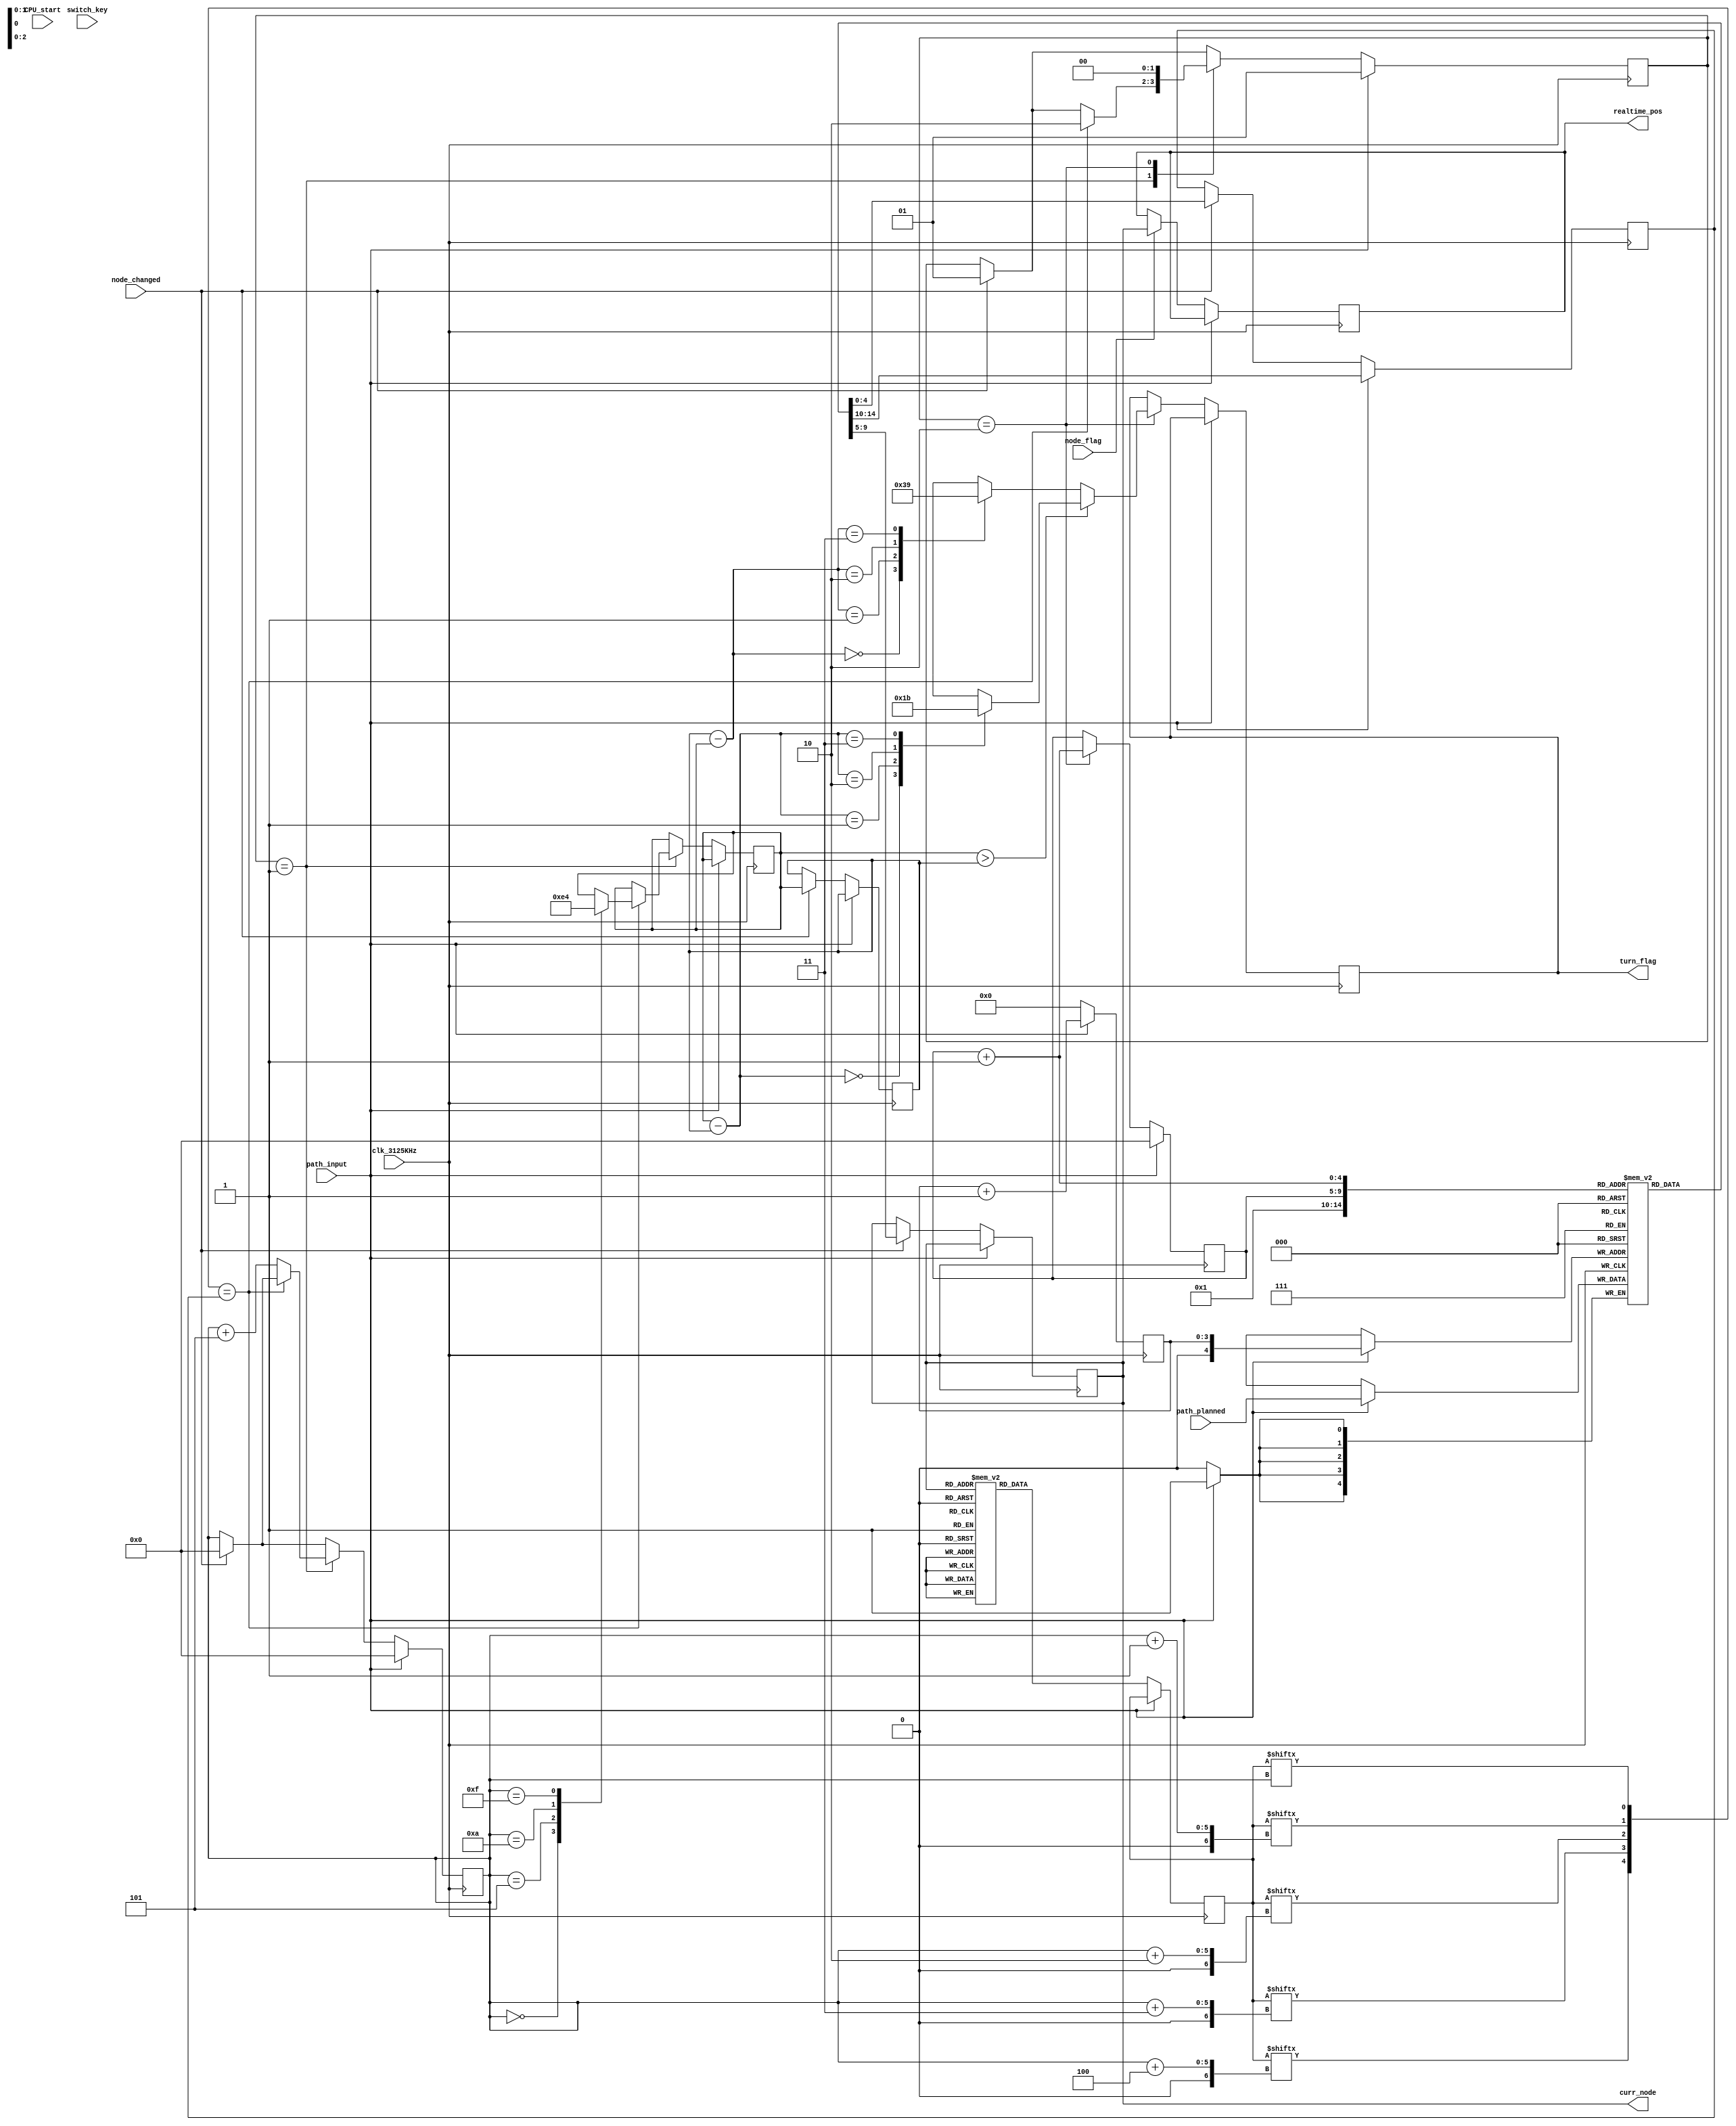
module path_mapping(
		input node_flag,
		input clk_3125KHz,
		input path_input,
		input CPU_start,
		input [4:0] path_planned,
		input node_changed,
		input switch_key,
		output  [1:0] turn_flag,
		output  [4:0] realtime_pos,
		output reg [4:0] curr_node
//		output [4:0] SP,EP
);
reg [1:0] STATE = 0;
reg [1:0] curr_dir=0;
reg [1:0] next_dir=0;
reg [19:0] node_rel [29:0];
reg [4:0] path_planned_array [24:0];
reg [4:0] j=0,k=0;
reg [4:0] next_node;
reg [19:0] temp;
reg [3:0] idx = 0;
reg [1:0] turn;
reg [1:0] diff;
reg [4:0] pos = 0;


 initial begin
        //              N     E    S    W
        node_rel[0] = {5'd1,5'dx,5'dx,5'dx};
        node_rel[1] = {5'dx,5'd29,5'd0,5'd2};												// Describing how nodes are related to each other
        node_rel[2] = {5'd8,5'd1,5'd3,5'dx}; 
        node_rel[3] = {5'd2,5'd28,5'dx,5'd4};       
        node_rel[4] = {5'd5,5'd3,5'dx,5'd6};
        node_rel[5] = {5'dx,5'dx,5'd4,5'dx};
        node_rel[6] = {5'd7,5'dx,5'd4,5'dx};
        node_rel[7] = {5'dx,5'd8,5'd6,5'dx};
        node_rel[8] = {5'd12,5'd9,5'd2,5'd7};
        node_rel[9] = {5'd11,5'dx,5'd10,5'd8};
        node_rel[10] = {5'd9,5'dx,5'dx,5'dx};
        node_rel[11] = {5'dx,5'dx,5'd9,5'dx};
        node_rel[12] = {5'dx,5'd19,5'd8,5'd13};
        node_rel[13] = {5'd14,5'dx,5'd12,5'dx};
        node_rel[14] = {5'dx,5'd16,5'd15,5'd13};
        node_rel[15] = {5'd14,5'dx,5'dx,5'dx};
        node_rel[16] = {5'dx,5'd18,5'd17,5'd14};
        node_rel[17] = {5'd16,5'dx,5'dx,5'dx};
        node_rel[18] = {5'd16,5'dx,5'd19,5'dx};
        node_rel[19] = {5'dx,5'd18,5'd20,5'd12};
        node_rel[20] = {5'd19,5'd24,5'd29,5'd21};
        node_rel[21] = {5'd23,5'd20,5'd22,5'dx};
        node_rel[22] = {5'd21,5'dx,5'dx,5'dx};
        node_rel[23] = {5'dx,5'dx,5'd21,5'dx};
        node_rel[24] = {5'dx,5'd25,5'dx,5'd20};		
        node_rel[25] = {5'dx,5'dx,5'd26,5'd24};
        node_rel[26] = {5'd27,5'd25,5'dx,5'd28};
        node_rel[27] = {5'dx,5'dx,5'd26,5'dx};
        node_rel[28] = {5'd29,5'd26,5'dx,5'd3};
        node_rel[29] = {5'd20,5'dx,5'd28,5'd1};
end 

always @(posedge clk_3125KHz) begin
		if (path_input) begin															// taking path input from the CPU
			path_planned_array[idx] <= path_planned;
			idx <= idx + 1;
			next_node <= path_planned_array[1];
			j <= 0;
			k <= 0;
			STATE <= 2'b01;
		end
		else begin
			idx <= 0;
			temp<=node_rel[curr_node];
			if (node_flag) begin
				pos <= curr_node;
			end
//			if ( pos == 0 && j == 0 ) j <= 1;
			if (node_changed) begin														// calculation of the next to immediate next path is done when a node is crossed
				curr_node<=path_planned_array[j];
				next_node<=path_planned_array[j+1];
				k<=0;
				STATE <= 2'b01;
				curr_dir<= next_dir;													// determining current direction of the bot
			end
			case(STATE)
				2'b00:begin
				end
				2'b01: begin
					if ( {temp[k+4],temp[k+3],temp[k+2],temp[k+1],temp[k]}==next_node ) begin
						case(k) 
							5'd0  : next_dir <= 3; 									  
							5'd5  : next_dir <= 2;                              					// determining the next direction of the bot
							5'd10 : next_dir <= 1;                             						// done based on the relation between next node and current node
							5'd15 : next_dir <= 0;                             
						endcase
						STATE <= 2'b10;
					end
					else k <= k + 5;
				end
				2'b10:begin 
					if(next_dir > curr_dir) begin						
							case (next_dir - curr_dir)
								2'd0: turn <= 2'd0;                   //redundant
								2'd1: turn <= 2'd1;
								2'd2: turn <= 2'd2;
								2'd3: turn <= 2'd3;
							endcase
					end
					else begin																		// determining wher the bot should turn based on its current and next directions
						case (curr_dir - next_dir)
							2'd0: turn <= 2'd0;
							2'd1: turn <= 2'd3;
							2'd2: turn <= 2'd2;
							2'd3: turn <= 2'b1;
						endcase 
					end
					STATE <= 1'b0;
					j <= j + 1;
				end
			endcase
	end
end
assign turn_flag=turn;
assign realtime_pos=pos;

endmodule